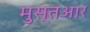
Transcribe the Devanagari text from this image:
मुस्तआर